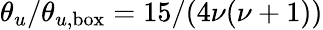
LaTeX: \theta_{u}/\theta_{u,\mathrm{box}}=15/(4\nu(\nu+1))